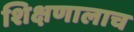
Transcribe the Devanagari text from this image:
शिक्षणालाच